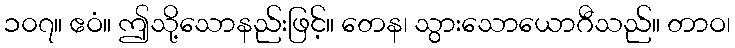
၁၀၇။ ဧဝံ။ ဤသို့သောနည်းဖြင့်။ တေန၊ သွားသောယောဂီသည်။ တာဝ၊